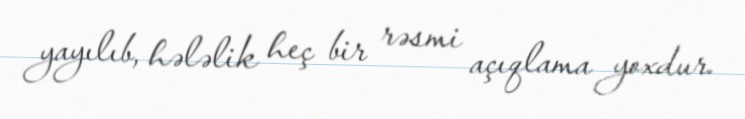
yayılıb, hələlik heç bir rəsmi açıqlama yoxdur.